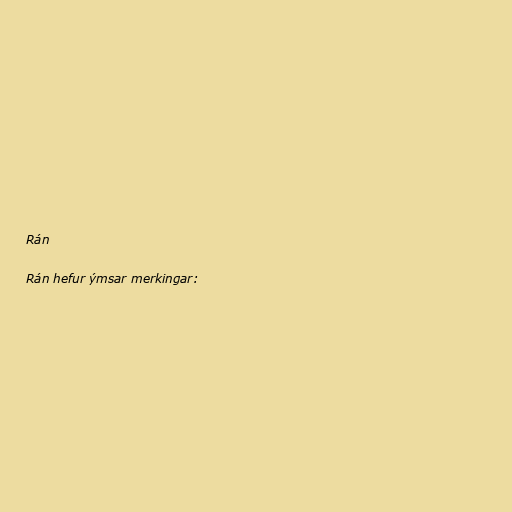
Rán

Rán hefur ýmsar merkingar: